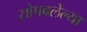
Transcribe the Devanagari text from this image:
सोपवलेल्या